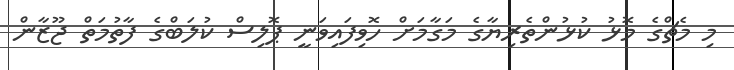
މި މެޗްގެ މޮޅު ކުޅުންތެރިޔާގެ މަގާމަށް ހޮވިފައިވަނީ ޕޮލިސް ކުލަބްގެ ފާތުމަތް ޖޫޒާން